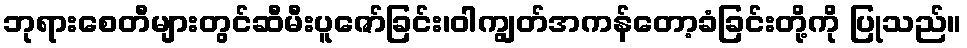
ဘုရားစေတီများတွင်ဆီမီးပူဇော်ခြင်း၊ဝါကျွတ်အကန်တော့ခံခြင်းတို့ကို ပြုသည်။